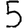
Digit: 5